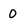
Character: 0